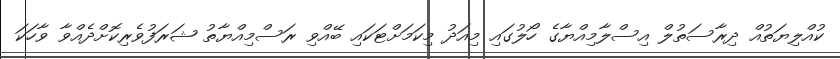
ކުއްލިޔަތުއް ދިރާސަތުލް އިސްލާމިއްޔާގެ ހޯލުގައި މިއަދު މިކަމަށްޓަކައި ބޭއްވި ރަސްމިއްޔާތު ޝަރަފުވެރިކޮށްދެއްވާ ވާހަކަ